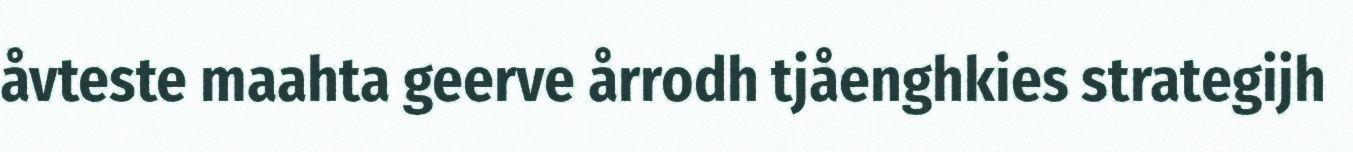
åvteste maahta geerve årrodh tjåenghkies strategijh